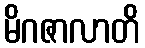
မိဂဇာလာတိ